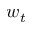
w _ { t }